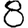
Digit: 8